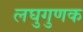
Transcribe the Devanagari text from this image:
लघुगुणक